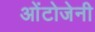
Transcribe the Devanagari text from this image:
ओंटोजेनी